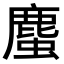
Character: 𧐠